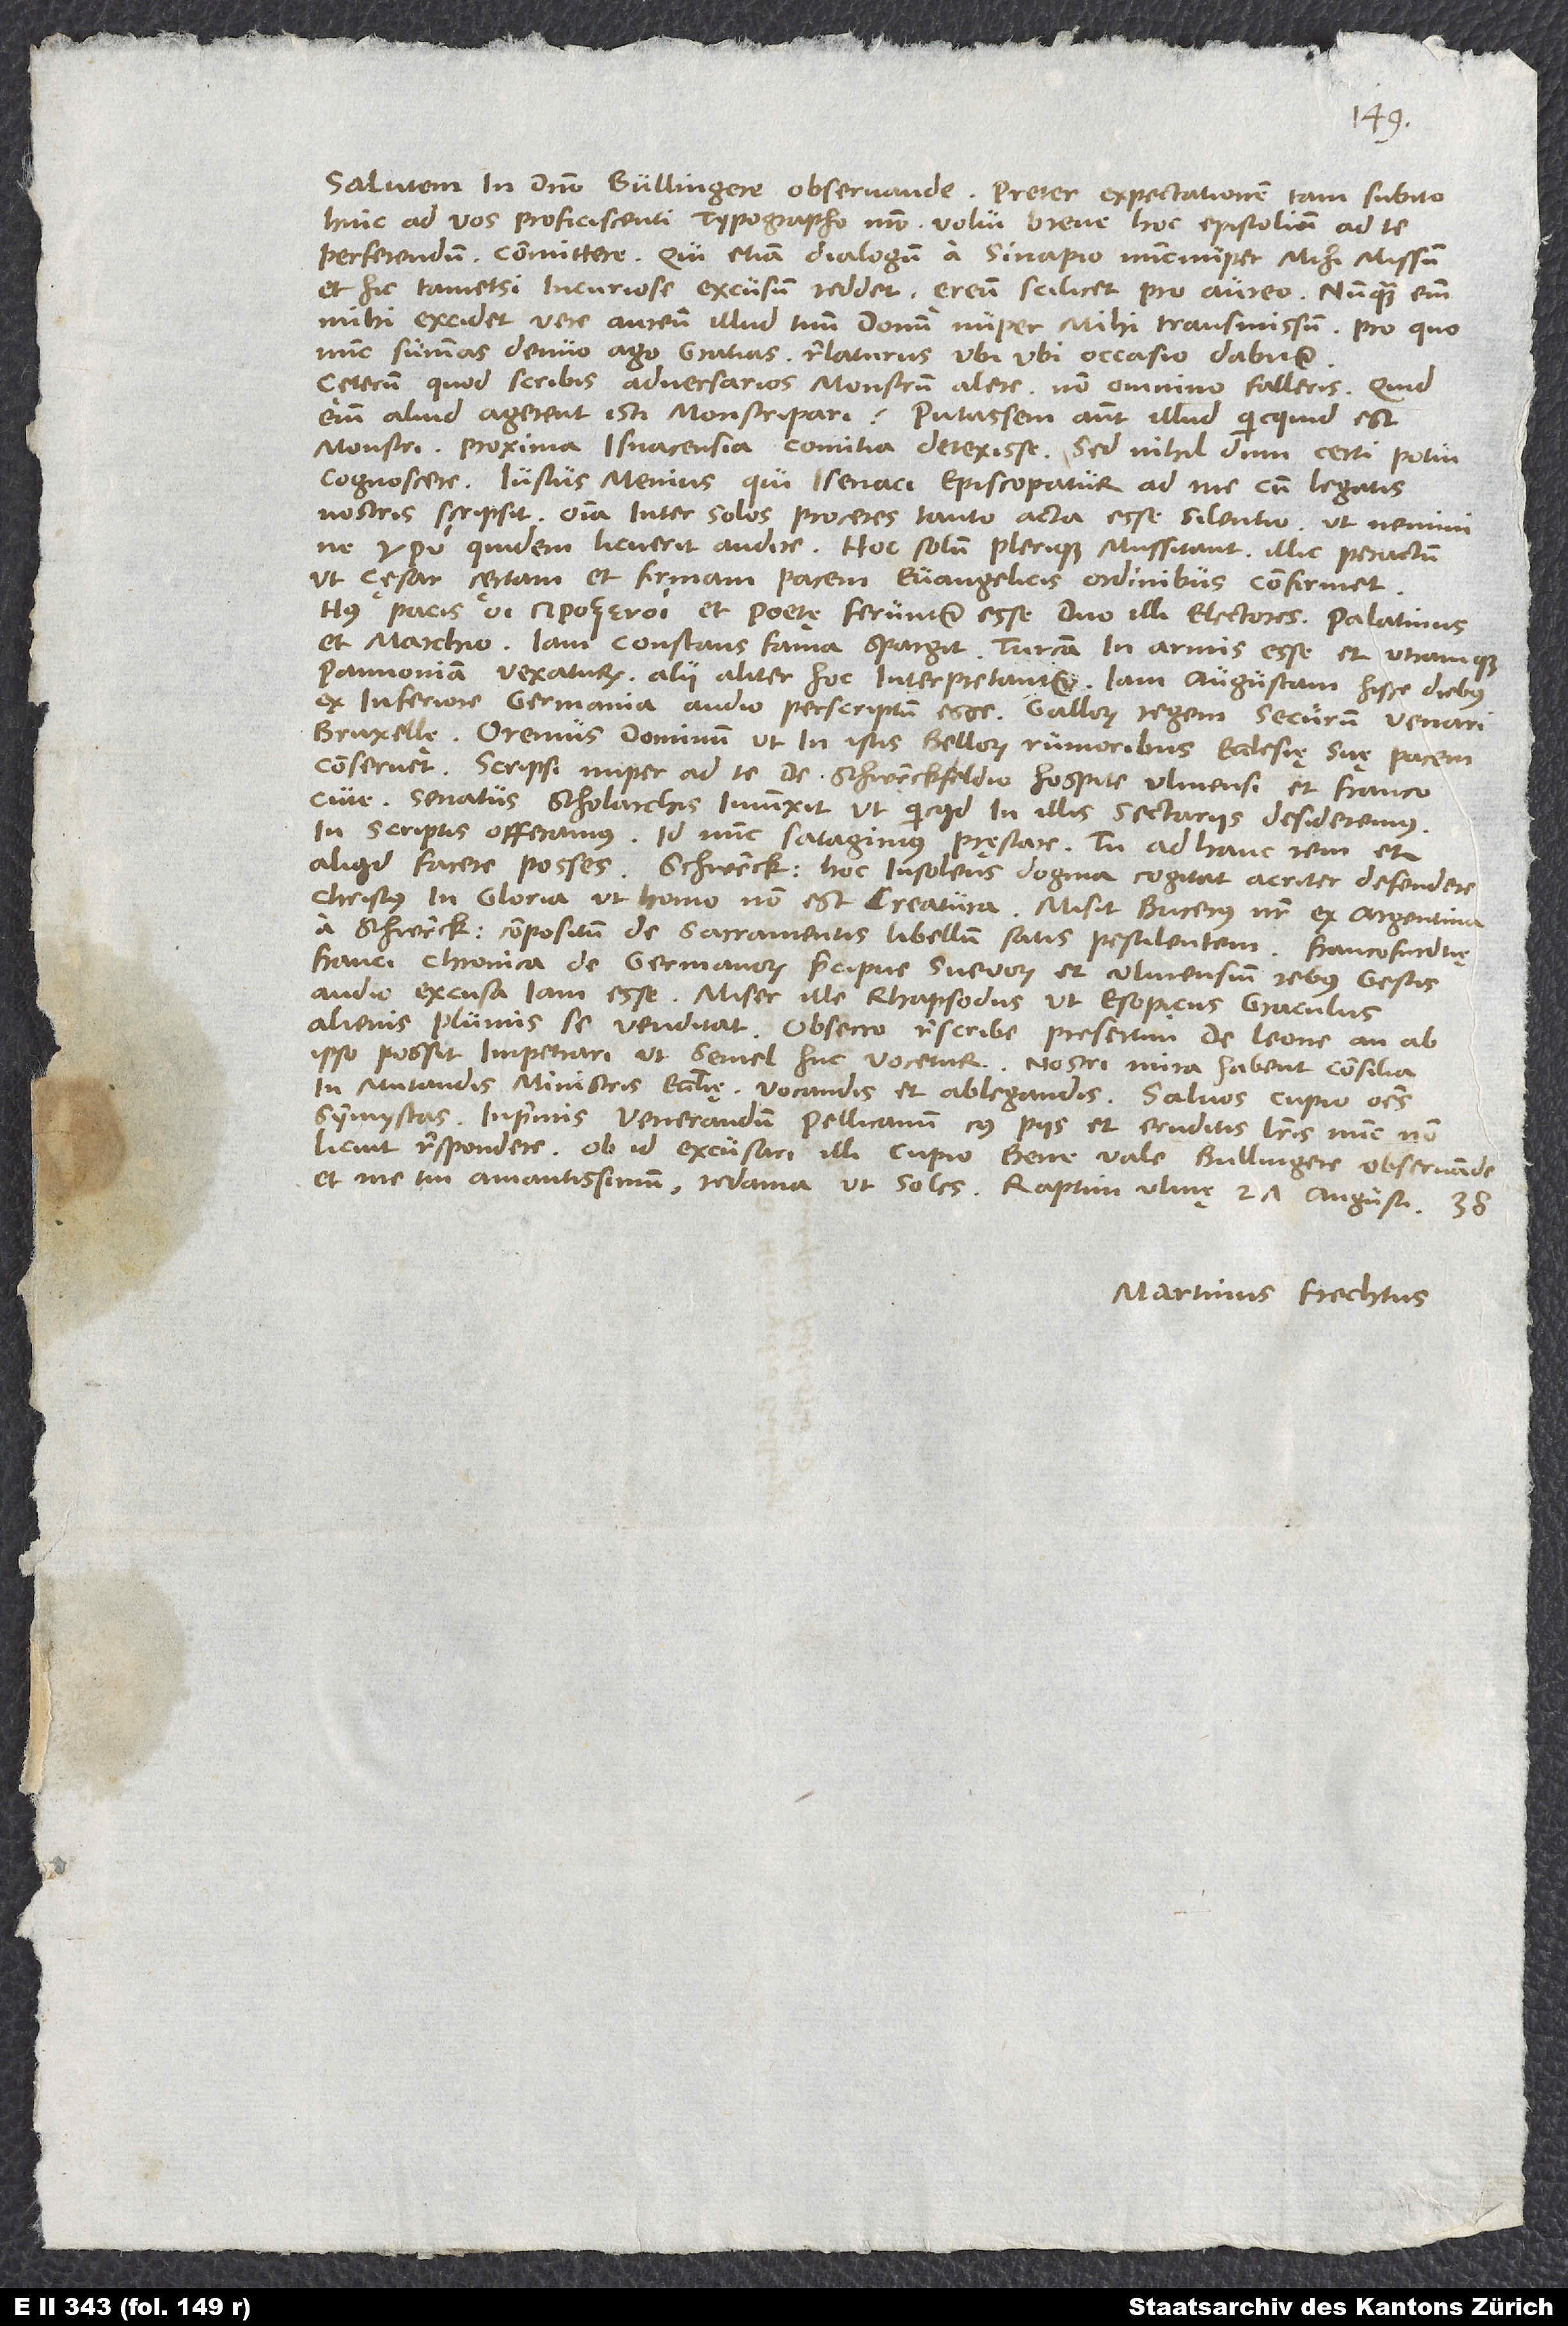
Salutem in domino, Bullingere observande. Preter expectationem tam subito
hinc ad vos proficiscenti typographo nostro volui breve hoc epistolium ad te
perferendum committere. Qui etiam dialogum a Sinapio nuncnuper mihi missum
et hic tametsi incuriose excusum reddet, ęreum scilicet pro aureo; nunquam enim
mihi excidet vere aureum illud tuum donum nuper mihi transmissum, pro quo
nunc summas denuo ago gratias relaturus, ubi occasio dabitur.
Cęterum, quod scribis adversarios monstrum alere, non omnino falleris; quid
enim aliud agerent isti monstripari? Putassem autem illud, quicquid est
monstri, proxima Isnacensia comitia detexisse; sed nihildum certi potui
cognoscere. Iustus Menius, qui Isenaci episcopatur, ad me cum legatis
nostris scripsit omnia inter solos proceres tanto acta esse silentio, ut nemini
ne quidem licuerit audire. Hoc solum plerique mussitant illic peractum,
ut cęsar certam et firmam pacem evangelicis ordinibus confirmet.
Huius pacis et poetę feruntur esse duo illi electores, Palatinus
et Marchio. Iam constans fama spargit Turcam in armis esse et utramque
Pannoniam vexaturum; alii aliter hoc interpretantur. Iam Augustam hisce diebus
ex Inferiore Germania audio perscriptum esse Gallorum regem securum venari
Bruxellę. Oremus dominum, ut in istis bellorum rumoribus ecclesię suę pacem
conservet. Scripsi nuper ad te de Schwenckfeldio, hospite Ulmensi, et Franco,
cive. Senatus scholarchis iniunxit, ut, quicquid in illis sectariis desideremus,
in scriptis offeramus; id nunc satagimus pręstare. Tu ad hanc rem etiam
aliquid facere posses. Schwenckfeldius hoc insolens dogma cogitat acriter defendere:
Christus in gloria ut homo non est creatura. Misit Bucerus noster ex Argentina
a Schwenckfeldio compositum de sacramentis libellum satis pestilentem. Francofurdtię
Franci Chronica de Germanorum, praecipue Svevorum et Ulmensium rebus gestis
audio excusa iam esse; miser ille rhapsodus ut Esopicus graculus
alienis plumis se venditat. Obsecro rescribe, presertim de Leone, an ab
ipso possit impetrari, ut semel huc vocetur; nostri mira habent consilia
in mutandis ministris ecclesię, vocandis et ablegandis. Salvos cupio omnes
symmystas, inprimis venerandum Pellicanum, cuius piis et eruditis literis nunc non
licuit respondere; ob id excusari illi cupio. Bene vale, Bullingere observande,
et me tui amantissimum redama, ut soles. Raptim, Ulmę, 27. augusti
38.
Martinus Frechtus.